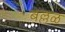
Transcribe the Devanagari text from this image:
बल्लळ